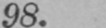
98.